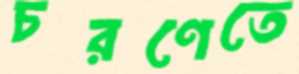
চরণেতে